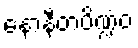
နောနီတပိဏ္ဍံဝ